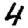
Digit: 4